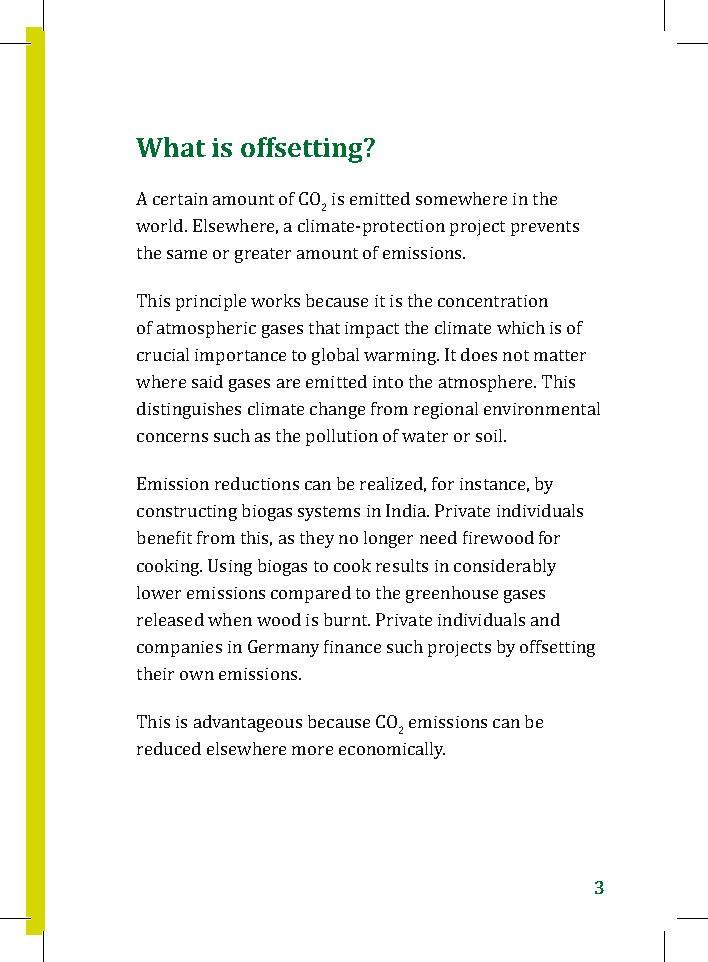
What is offsetting?
 A certain amount of CO2 is emitted somewhere in the
 world. Elsewhere, a climate-protection project prevents
 the same or greater amount of emissions.
 This principle works because it is the concentration
 of atmospheric gases that impact the climate which is of
 crucial importance to global warming. It does not matter
 where said gases are emitted into the atmosphere. This
 distinguishes climate change from regional environmental
 concerns such as the pollution of water or soil.
 Emission reductions can be realized, for instance, by
 constructing biogas systems in India. Private individuals
 benefit from this, as they no longer need firewood for
 cooking. Using biogas to cook results in considerably
 lower emissions compared to the greenhouse gases
 released when wood is burnt. Private individuals and
 companies in Germany finance such projects by offsetting
 their own emissions.
 This is advantageous because CO2 emissions can be
 reduced elsewhere more economically.
 3